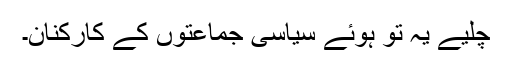
چلیے یہ تو ہوئے سیاسی جماعتوں کے کارکنان۔